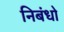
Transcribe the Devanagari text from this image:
निबंधो